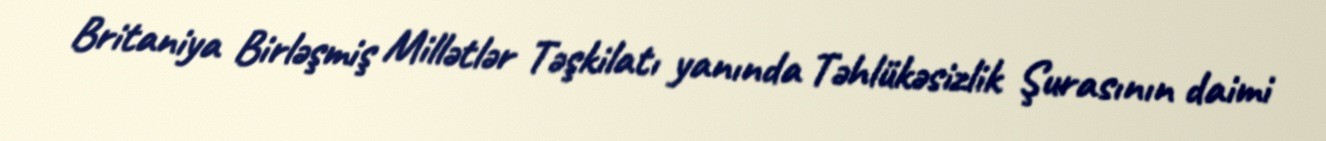
Britaniya Birləşmiş Millətlər Təşkilatı yanında Təhlükəsizlik Şurasının daimi